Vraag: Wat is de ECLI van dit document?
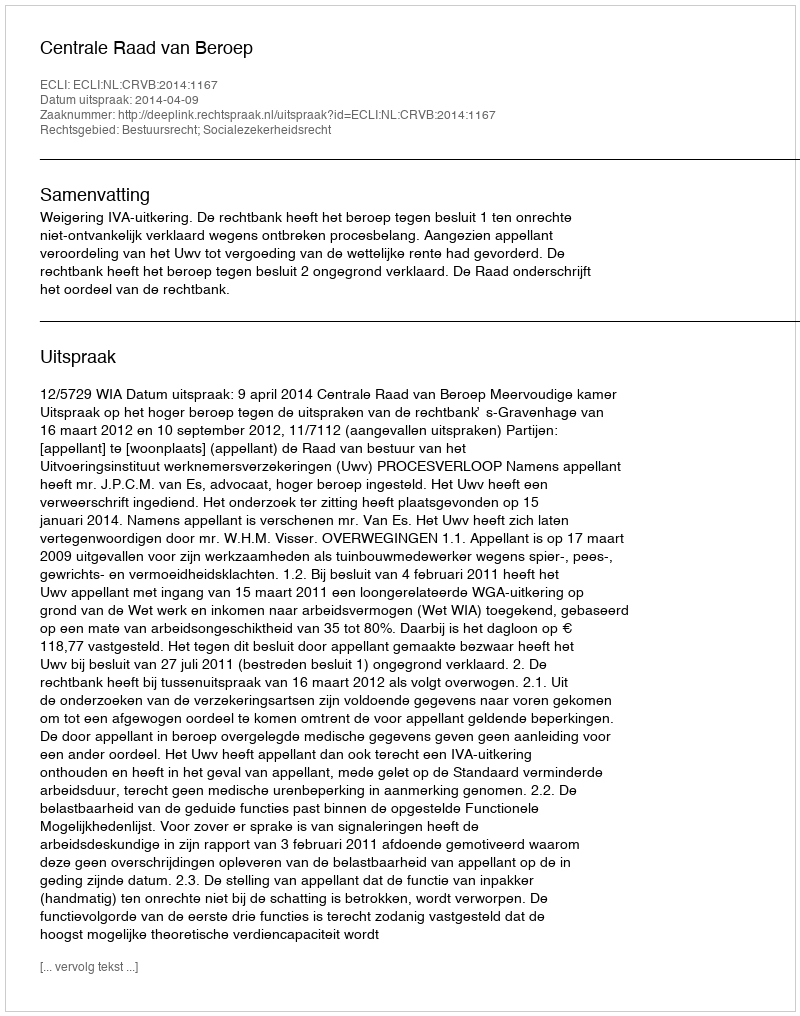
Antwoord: ECLI:NL:CRVB:2014:1167